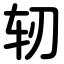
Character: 轫